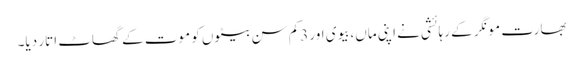
بھارت مونگر کے رہائشی نے اپنی ماں،بیوی اور 3کم سن بیٹوں کو موت کے گھاٹ اتار دیا۔